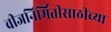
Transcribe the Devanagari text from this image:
वीजनिर्मितीसाठीच्या